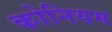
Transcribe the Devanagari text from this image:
कोनियम